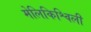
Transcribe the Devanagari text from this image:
मेलिकिश्विली